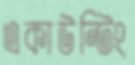
একাউন্টিং